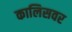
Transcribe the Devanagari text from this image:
कालिसवर